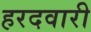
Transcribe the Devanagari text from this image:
हरदवारी